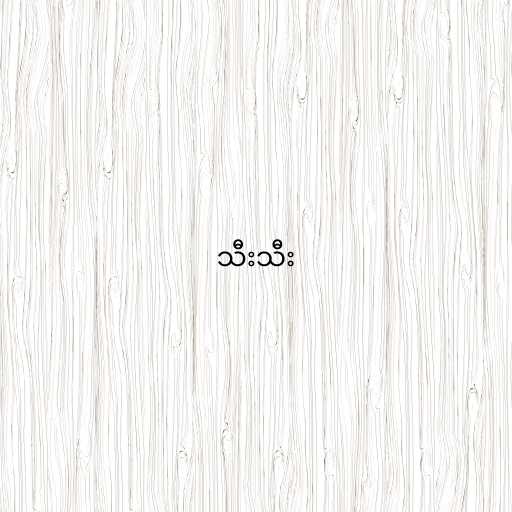
သီးသီး